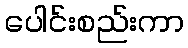
ပေါင်းစည်းကာ